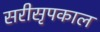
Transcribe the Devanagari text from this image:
सरीसृपकाल